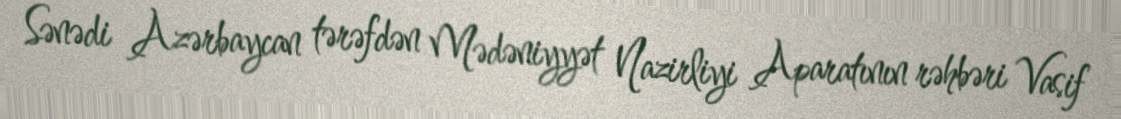
Sənədi Azərbaycan tərəfdən Mədəniyyət Nazirliyi Aparatının rəhbəri Vasif